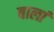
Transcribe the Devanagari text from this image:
बालां